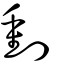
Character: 𠝤